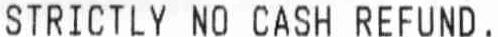
STRICTLY NO CASH REFUND.